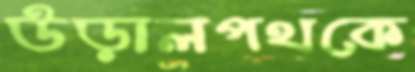
উড়ালপথকে